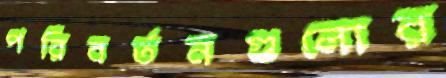
পরিবর্তনগুলোর